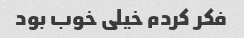
فکر کردم خیلی خوب بود